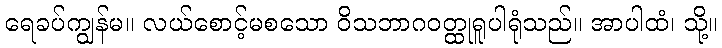
ရေခပ်ကျွန်မ။ လယ်စောင့်မစသော ဝိသဘာဂဝတ္ထုရူပါရုံသည်။ အာပါထံ၊ သို့။